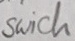
Text: Swich